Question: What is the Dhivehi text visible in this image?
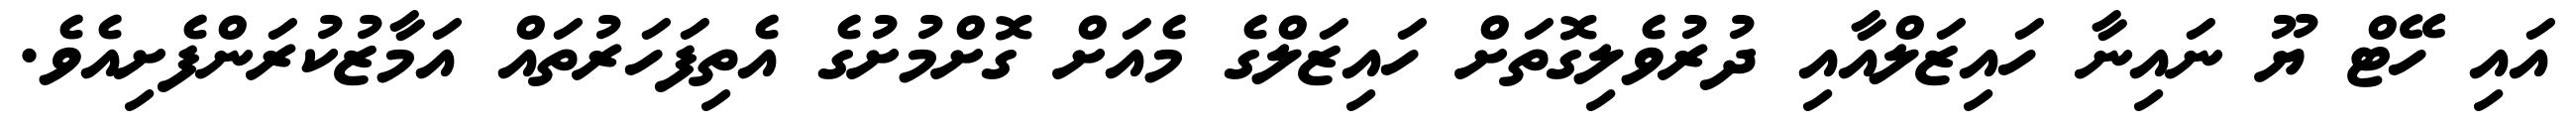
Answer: އައި ހޭޓް ޔޫ ނައިނާ ހައިޒަލްއާއި ދުރުވެލިގޮތަށް ހައިޒަލްގެ މެއަށް ގޮށްމުށުގެ އެތިފަހަރުތައް އަމާޒުކުރަންފެށިއެވެ.